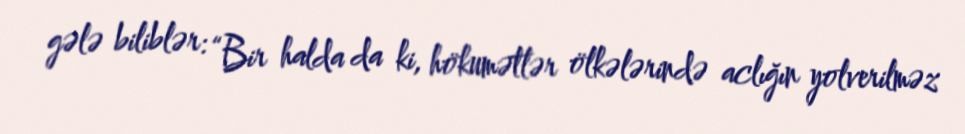
gələ biliblər: “Bir halda da ki, hökumətlər ölkələrində aclığın yolverilməz